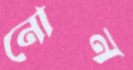
নোন